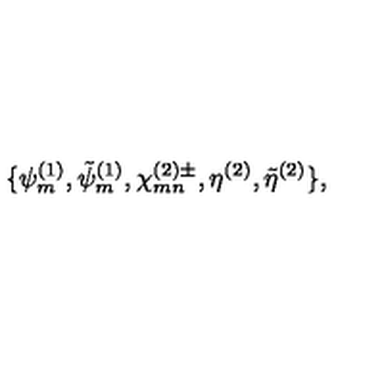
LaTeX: \{ \psi _ { m } ^ { ( 1 ) } , \tilde { \psi } _ { m } ^ { ( 1 ) } , \chi _ { m n } ^ { ( 2 ) \pm } , \eta ^ { ( 2 ) } , \tilde { \eta } ^ { ( 2 ) } \} ,